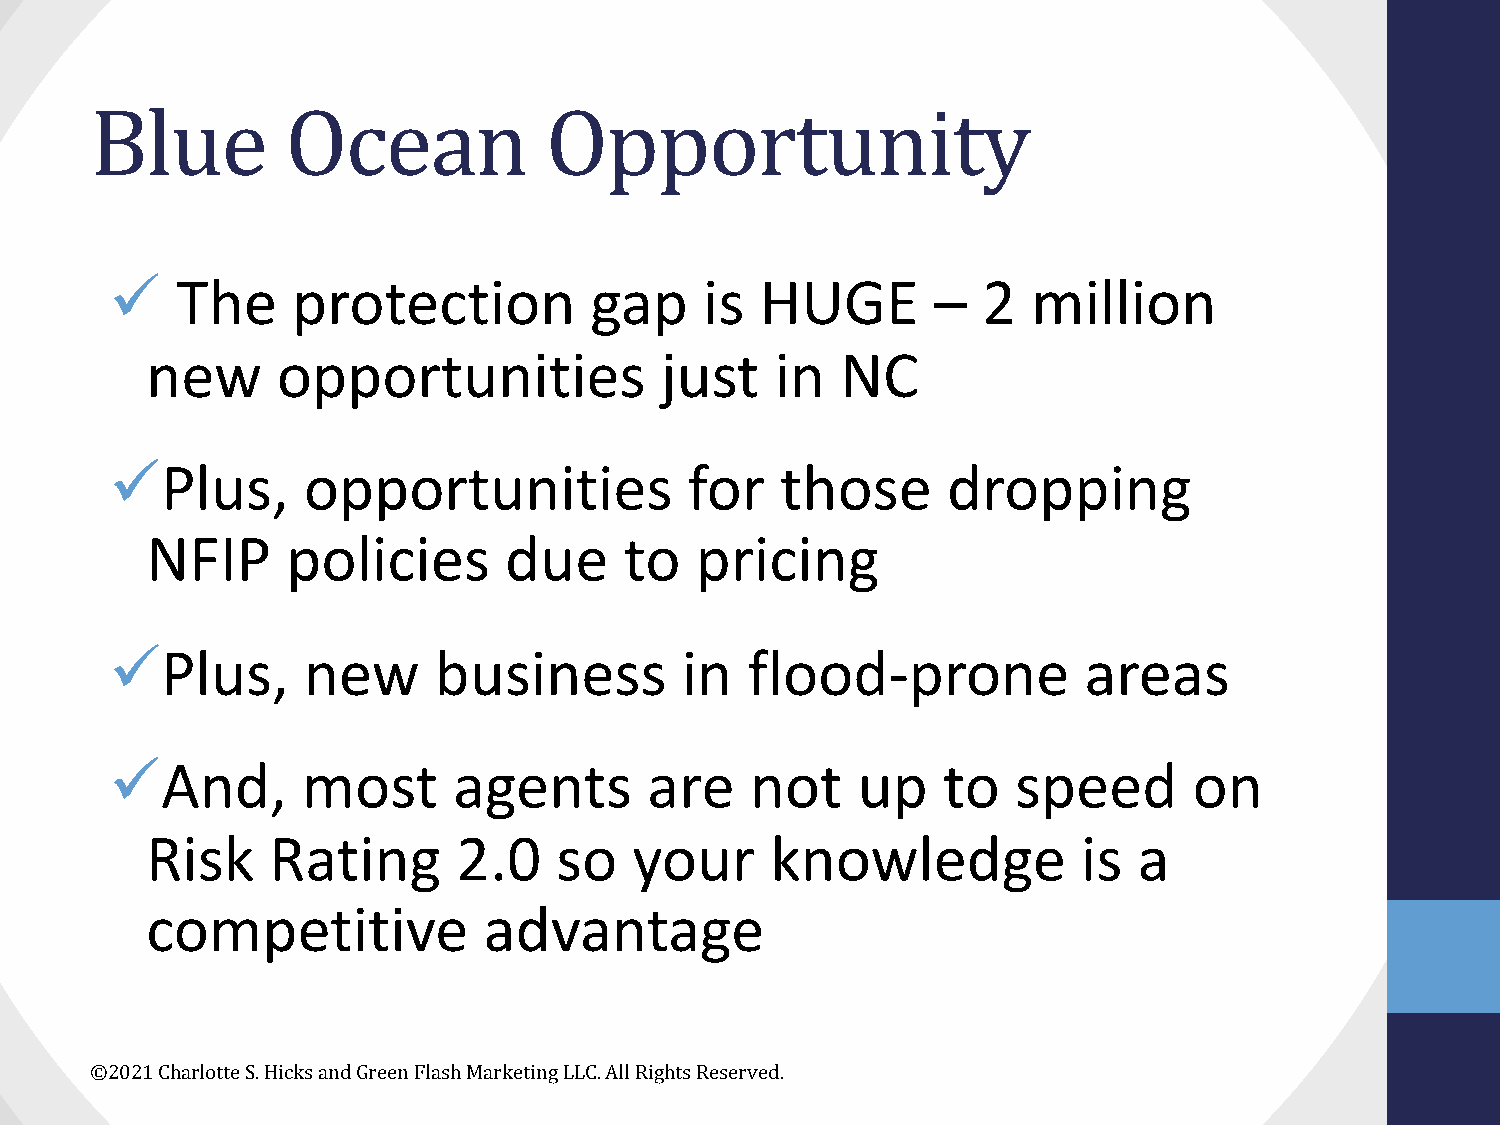
Blue         Ocean            Opportunity
 ü    The    protection          gap     is HUGE        –  2  million
 new     opportunities             just   in   NC
 üPlus,       opportunities             for   those      dropping
 NFIP     policies      due     to   pricing
 üPlus,       new      business        in  flood-prone            areas
 üAnd,        most      agents       are    not    up   to   speed       on
 Risk    Rating      2.0    so   your     knowledge            is a
 competitive           advantage
 ©2021 Charlotte S. Hicks and Green Flash Marketing LLC. All Rights Reserved.